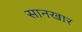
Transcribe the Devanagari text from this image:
सानखार